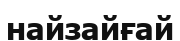
найзайғай